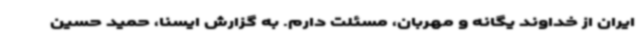
ایران از خداوند یگانه و مهربان، مسئلت دارم. به گزارش ایسنا، حمید حسین